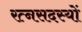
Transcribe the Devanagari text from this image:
रत्नसदस्यों